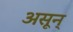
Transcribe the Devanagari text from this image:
असून्